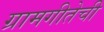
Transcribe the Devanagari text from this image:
ग्रामगीतेची